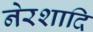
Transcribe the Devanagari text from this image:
नेरशादि